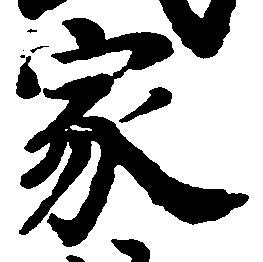
家